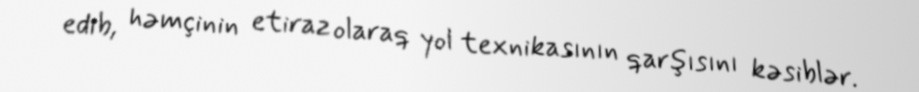
edib, həmçinin etiraz olaraq yol texnikasının qarşısını kəsiblər.